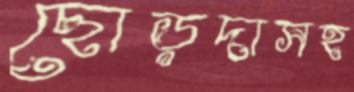
ছোড়দাসহ